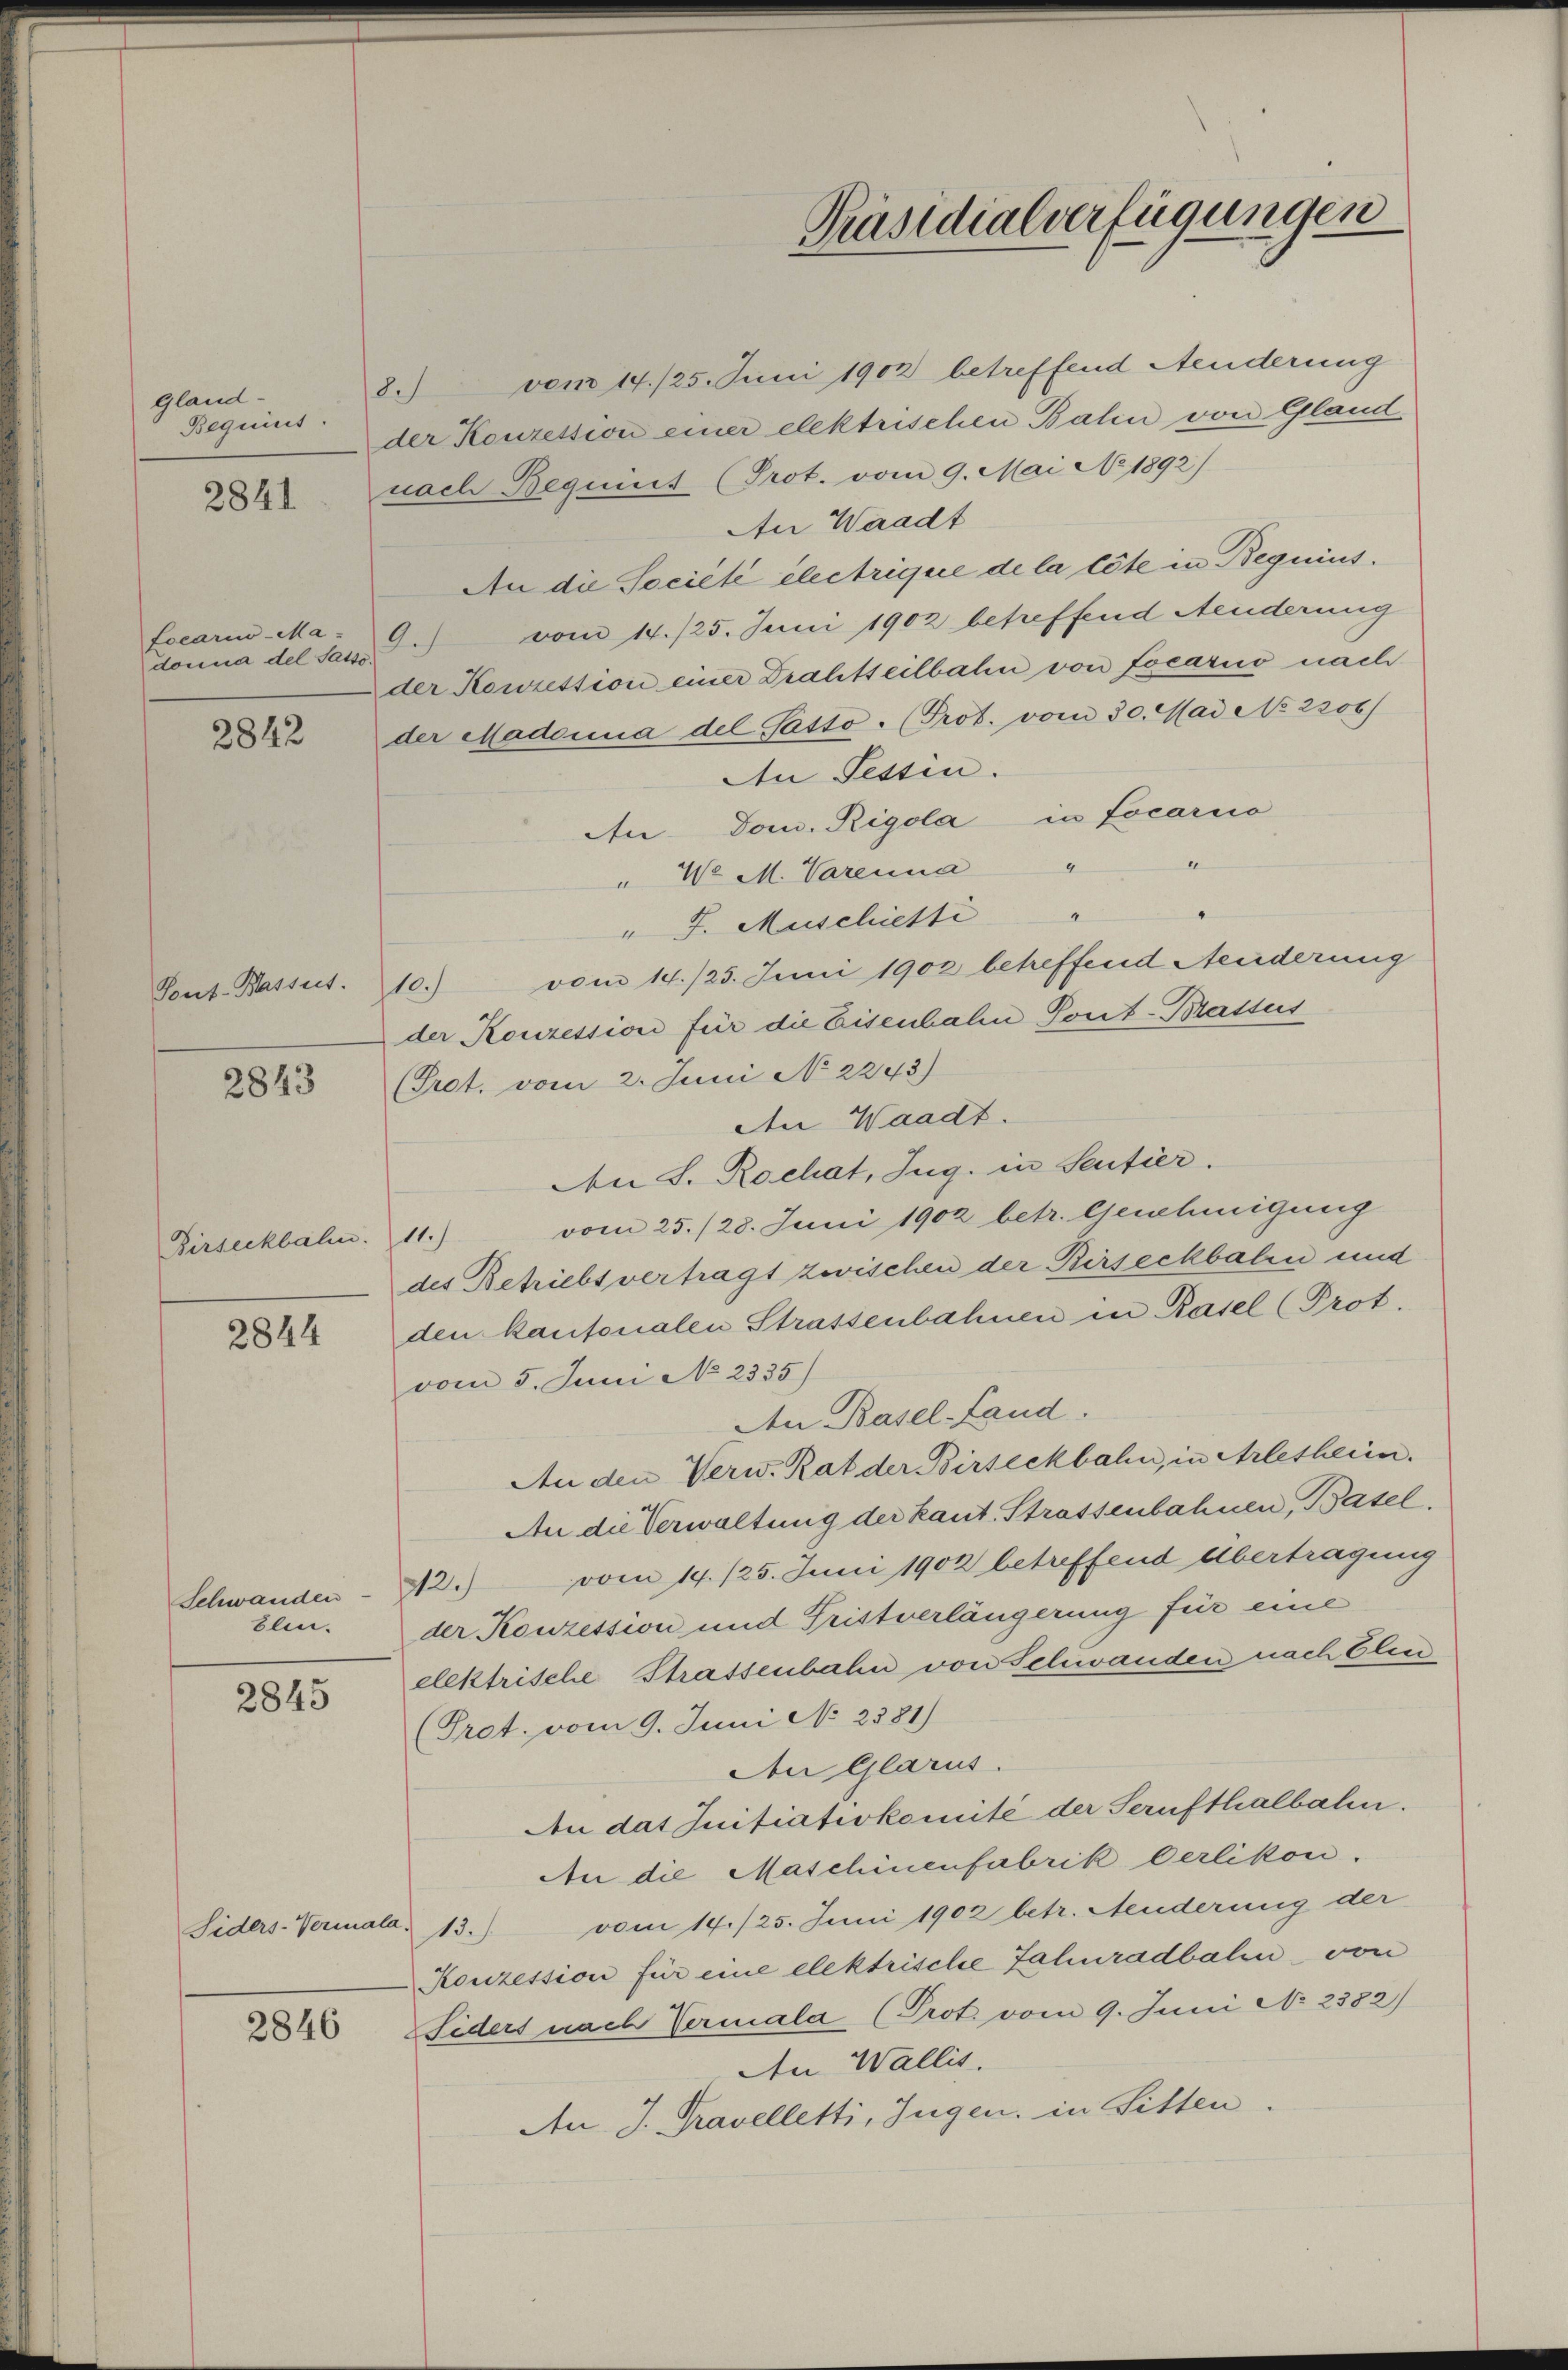
gland-
Bequirt.

2841

ocari-Ma-
donia del Sasse.

2842

Tont-Basset.

2843

Birseckbahn.

2844

Schwanden
Elin.

2845

2846

a

vom 14./25. Juni 1902 betreffend Aenderung
der Konzession einer elektrischen Bahn von Gland
nach Bequirt (Prot. vom 9. Mai No 1892)
An Waadt
An die Société électrique de la tote in Begnius.
vom 14./25. Juni 1902 betreffend Aenderung
9.
der Konzettion einer Drahtteilbahn von Locario nach
der Madonna del Patto. (Prot. vom 30. Mad No. 2206)
An Tessin.
An Dom. Rigola in Locarno
" W. M. Varenna " "
" J. Muschietti "
vom 14./25. Juni 1902 betreffend Aenderung
10.
der Konzession für die Eisenhahen Pont-Brassus
(Prot. vom 2. Juni No 2243)
An Waadt.
An S. Rochat, Zug. in Sentier.
vom 25. /28. Juni 1902 betr. Genehmigung
11.)
des Betriebsvertragt zwischen der Birseckbalen und
den kantonalen Strassenbahnen in Rasel (Prot.
vom 5. Juni No 2335)
An Basel-Land.
An den Verw. Rat der Birseckbahn, in Arlesheien.
An die Verwaltung der kant. Strassenbahnen, Basel.
12.) vom 14./25. Juni 1902 betreffend Übertragung
der Konzession und Fristverlängerung für eine
elektrische Strassenbahn von Schwanden nach Elen
(Prot. vom 9. Juni No 2381)
Aon Glarus.
An das Initiativkomité der Serufthalbahn.
An die Maschinenfabrik Oerlikon.
Siders-Vermala. 13.) vom 14./25. Juni 1902 betr. Menderung der
Konzession für eine elektrische Fahnradbalen von
Fiders nach Vermala (Prot. vom 9. Juni No 2382)
An Wallis.
An J. Travelletti, Jugen, in Sitten.

Präsidialverfügungen